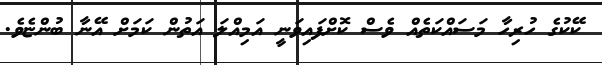
ކޭކުގެ ހުރިހާ މަސައްކަތެއް ވެސް ކޮށްފައިވަނީ އަމިއްލަ އަތުން ކަމަށް އޭނާ ބުންޏެވެ.